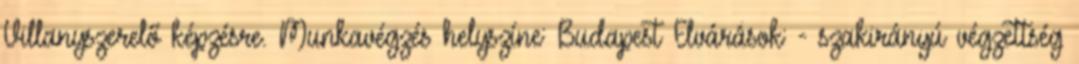
Villanyszerelő képzésre. Munkavégzés helyszíne: Budapest Elvárások: - szakirányú végzettség